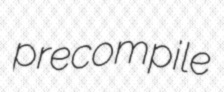
precompile